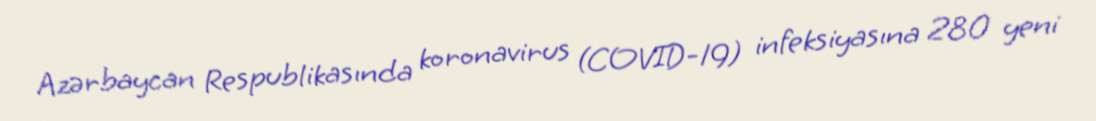
Azərbaycan Respublikasında koronavirus (COVID-19) infeksiyasına 280 yeni